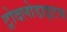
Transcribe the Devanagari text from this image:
ट्रोदलोडाइटस